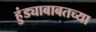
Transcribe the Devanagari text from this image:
हुंड्याबाबतच्या